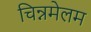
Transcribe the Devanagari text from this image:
चिन्नमेलम